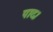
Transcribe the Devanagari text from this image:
पाद।